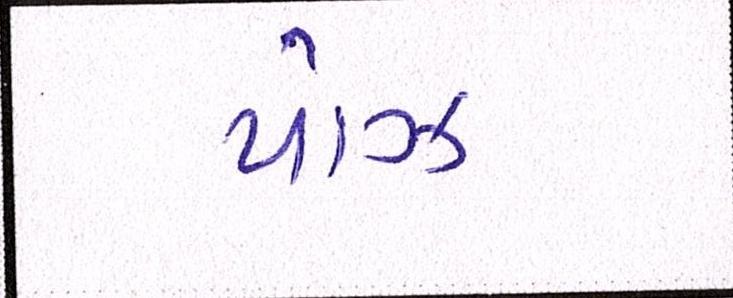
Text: પૉઝ